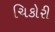
ચિકોરી